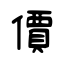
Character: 價